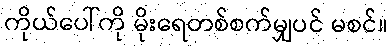
ကိုယ်ပေါ်ကို မိုးရေတစ်စက်မျှပင် မစင်။